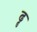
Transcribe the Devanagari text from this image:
ढ्ढ